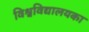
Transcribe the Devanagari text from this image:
विश्वविद्यालयका